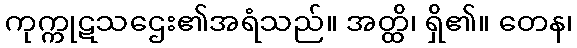
ကုက္ကုဋသဌေး၏အရံသည်။ အတ္ထိ၊ ရှိ၏။ တေန၊